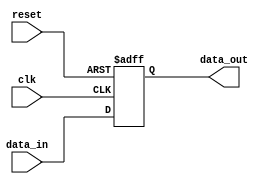
module parameterized_register #(
    parameter WIDTH = 8  // Parameterized width, default is 8 bits
)(
    input wire clk,         // Clock signal
    input wire reset,       // Asynchronous reset signal
    input wire [WIDTH-1:0] data_in,  // Input data to be stored
    output reg [WIDTH-1:0] data_out   // Output stored data
);

// Behavioral description of the register
always @(posedge clk or posedge reset) begin
    if (reset) begin
        // Asynchronous reset: clear the register to zero
        data_out <= {WIDTH{1'b0}};  // Clear to zero
    end else begin
        // Capture the input data on the rising edge of the clock
        data_out <= data_in;
    end
end

endmodule